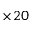
\times 2 0